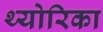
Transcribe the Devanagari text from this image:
थ्योरिका